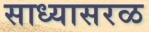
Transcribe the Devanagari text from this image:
साध्यासरळ